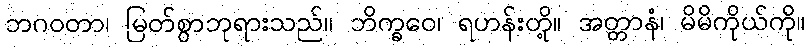
ဘဂဝတာ၊ မြတ်စွာဘုရားသည်။ ဘိက္ခဝေ၊ ရဟန်းတို့။ အတ္တာနံ၊ မိမိကိုယ်ကို။